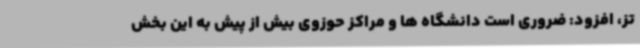
تز، افزود: ضروری است دانشگاه ها و مراکز حوزوی بیش از پیش به این بخش